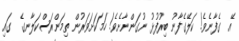
އޭ  ގެފާނެވެ! ކަލޭގެފާނު ބިރުފުޅު ނުގަންނާށެވެ! ހަމަކަށަވަރުން ތިމަންރަސްކަލާނގެ  ގައި